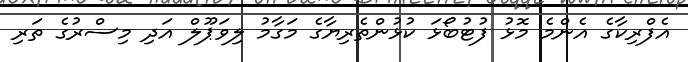
އެފްރިކާގެ އެންމެ މޮޅު ފުޓުބޯޅަ ކުޅުންތެރިޔާގެ މަގާމު ލިވަޕޫލް އަދި މިސްރުގެ ތަރި